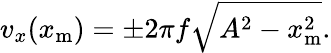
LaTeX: v_{x}(x_{\mathrm{m}})=\pm 2\pi f\sqrt{A^{2}-x_{\mathrm{m}}^{2}}.